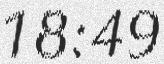
18:49